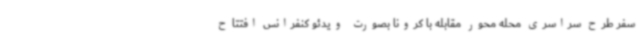
سفر طرح سراسری محله محور مقابله با کرونا بصورت ویدئو کنفرانس افتتاح